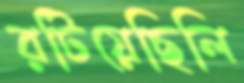
রটিয়েছিলি